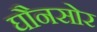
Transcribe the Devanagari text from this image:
घौनसोर